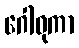
ဂေါဓုကာ